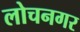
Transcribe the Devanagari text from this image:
लोचनगर